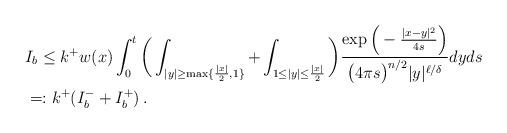
LaTeX: \begin{align*} \begin{aligned} & I_{b} \leq k^+ w(x) \int_0^t\bigg(\int_{ |y| \ge \max \{\frac{|x|}{2},1 \}}+\int_{1 \le |y| \le \frac{|x|}{2} }\bigg) \frac{\exp\Big(-\frac{|x-y|^2}{4s}\Big)}{\big(4\pi s \big)^{n/2} |y|^{\ell/\delta} } dyds \\ &=:k^+ (I_b^-+I_b^+) \, . \end{aligned} \end{align*}